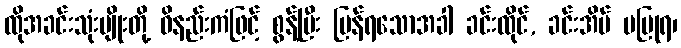
ထိုအခင်းသုံးမျိုးတို့ ဝိနည်းကံဖြင့် စွန့်ပြီး ပြန်ရသောအခါ ခင်းထိုင်, ခင်းအိပ် မပြုရ၊